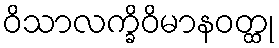
ဝိသာလက္ခိဝိမာနဝတ္ထု